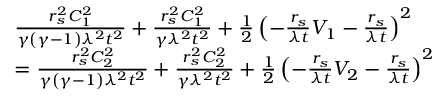
\begin{array} { r l } & { \frac { r _ { s } ^ { 2 } C _ { 1 } ^ { 2 } } { \gamma \left( \gamma - 1 \right) \lambda ^ { 2 } t ^ { 2 } } + \frac { r _ { s } ^ { 2 } C _ { 1 } ^ { 2 } } { \gamma \lambda ^ { 2 } t ^ { 2 } } + \frac { 1 } { 2 } \left( - \frac { r _ { s } } { \lambda t } V _ { 1 } - \frac { r _ { s } } { \lambda t } \right) ^ { 2 } } \\ & { = \frac { r _ { s } ^ { 2 } C _ { 2 } ^ { 2 } } { \gamma \left( \gamma - 1 \right) \lambda ^ { 2 } t ^ { 2 } } + \frac { r _ { s } ^ { 2 } C _ { 2 } ^ { 2 } } { \gamma \lambda ^ { 2 } t ^ { 2 } } + \frac { 1 } { 2 } \left( - \frac { r _ { s } } { \lambda t } V _ { 2 } - \frac { r _ { s } } { \lambda t } \right) ^ { 2 } } \end{array}